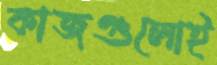
কাজগুলোই